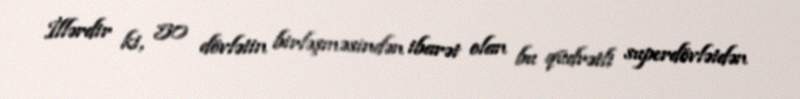
İllərdir ki, 50 dövlətin birləşməsindən ibarət olan bu qüdrətli superdövlətdən